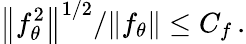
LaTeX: \left\| f_{\theta}^{2}\right\| ^{1/2}/\| f_{\theta}\| \leq C_{f}\, .